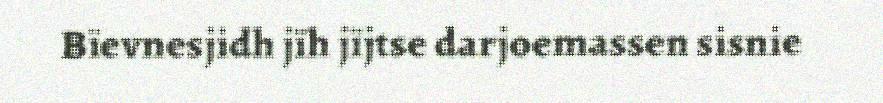
Bïevnesjidh jïh jïjtse darjoemassen sisnie